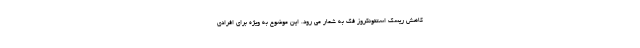
کاهش ریسک استئونکروز فک به شمار می رود. این موضوع به ویژه برای افرادی